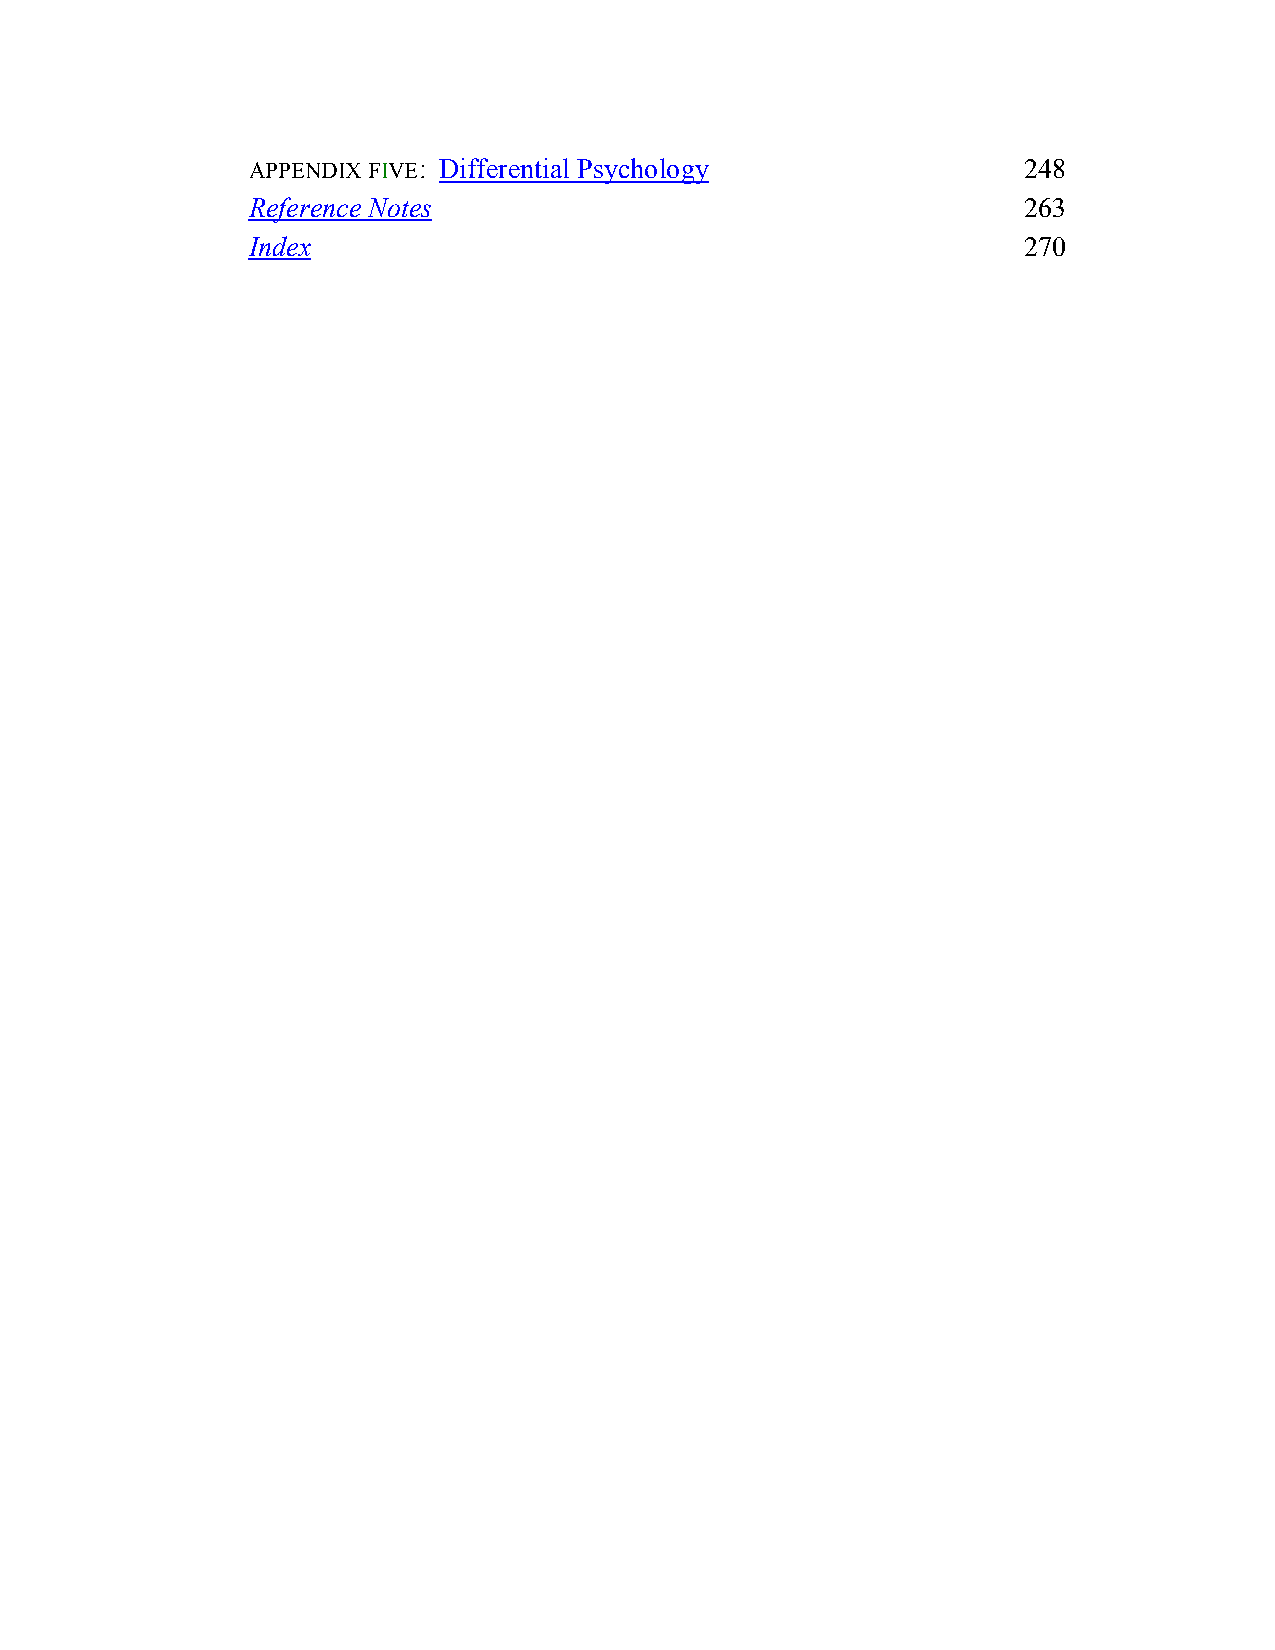
APPENDIX FIVE: Differential Psychology              248
 Reference Notes                                     263
 Index                                               270